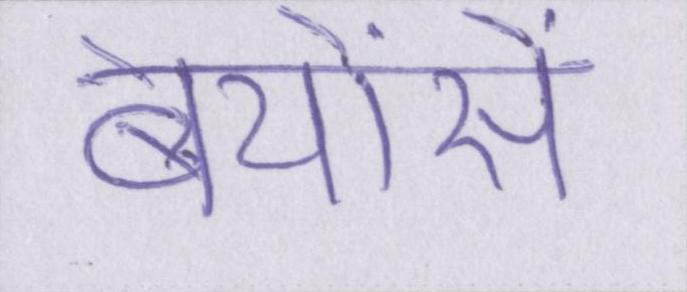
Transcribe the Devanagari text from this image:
बेयोंसे